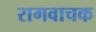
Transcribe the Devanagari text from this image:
रागवाचक